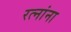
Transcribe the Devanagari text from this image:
रत्‍नांना